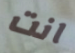
انت